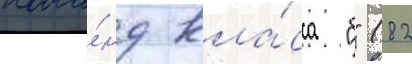
кома́нд кла́сса "б" (82